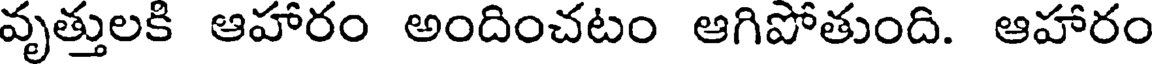
వృత్తులకి ఆహారం అందించటం ఆగిపోతుంది. ఆహారం